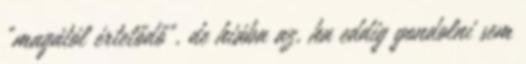
"magától értetődő", de hiába az, ha eddig gondolni sem